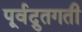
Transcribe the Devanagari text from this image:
पूर्वद्रुतगती